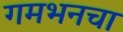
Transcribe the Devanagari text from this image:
गमभनचा